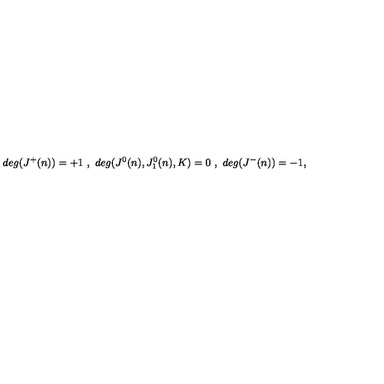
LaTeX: d e g ( J ^ { + } ( n ) ) = + 1 \ , \ d e g ( J ^ { 0 } ( n ) , J _ { 1 } ^ { 0 } ( n ) , K ) = 0 \ , \ d e g ( J ^ { - } ( n ) ) = - 1 ,